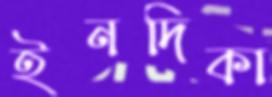
ইনদিকা